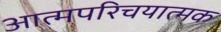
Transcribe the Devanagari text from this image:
आत्मपरिचयात्मक